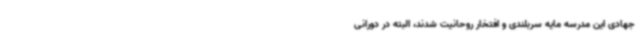
جهادی این مدرسه مایه سربلندی و افتخار روحانیت شدند، البته در دورانی